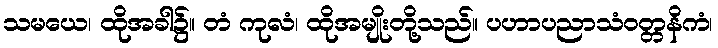
သမယေ၊ ထိုအခါ၌။ တံ ကုလံ၊ ထိုအမျိုးတို့သည်။ ပဟာပညာသံဝတ္တနိကံ၊